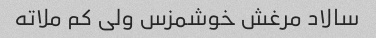
سالاد مرغش خوشمزس ولی کم ملاته